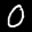
Label: 0